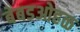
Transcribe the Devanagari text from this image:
बेबडओहळ